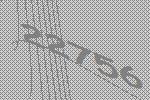
22756